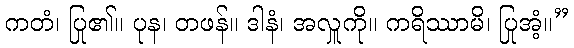
ကတံ၊ ပြု၏။ ပုန၊ တဖန်။ ဒါနံ၊ အလှူကို။ ကရိဿာမိ၊ ပြုအံ့။”